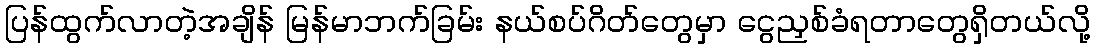
ပြန်ထွက်လာတဲ့အချိန် မြန်မာဘက်ခြမ်း နယ်စပ်ဂိတ်တွေမှာ ငွေညှစ်ခံရတာတွေရှိတယ်လို့